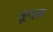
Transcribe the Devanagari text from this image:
मूव्ज़